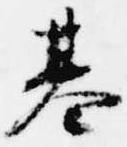
基